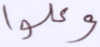
وعلوا